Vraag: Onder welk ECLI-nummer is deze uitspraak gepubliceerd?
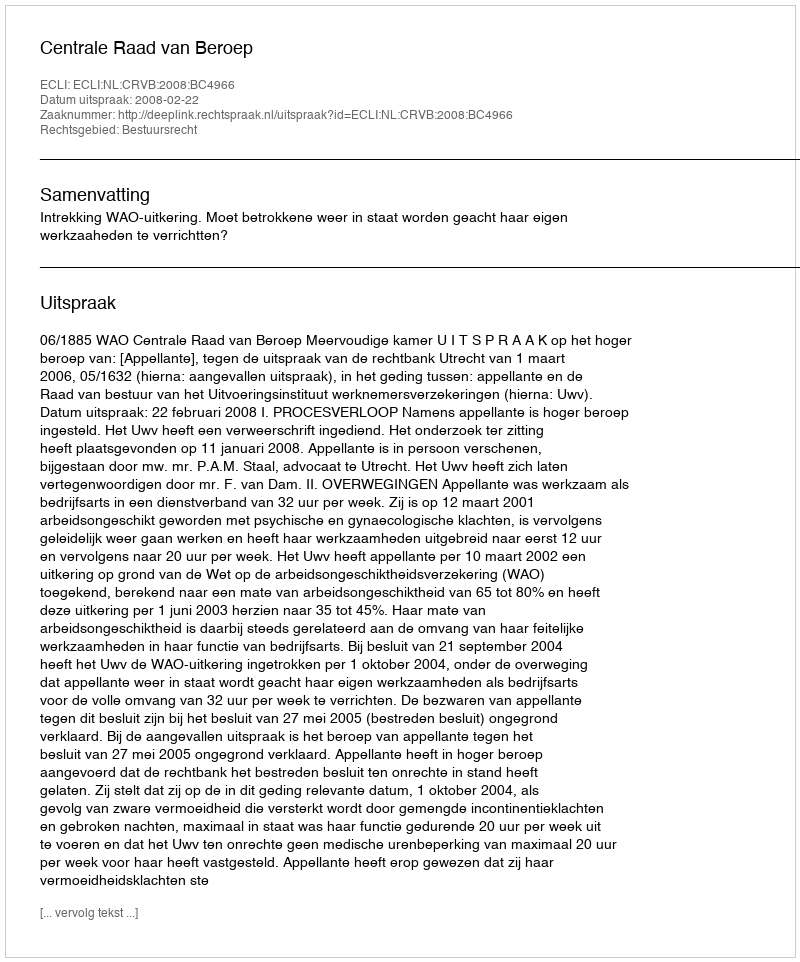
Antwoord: ECLI:NL:CRVB:2008:BC4966